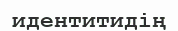
идентитидің